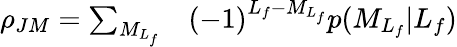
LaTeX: \begin{array}{rl}{\rho_{JM}=\sum_{{M}_{L_{f}}}}&{{}(-1)^{L_{f}-{M}_{L_{f}}}p({M}_{L_{f}}\vert L_{f})}\end{array}